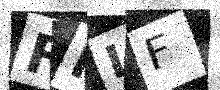
Text: FFLF